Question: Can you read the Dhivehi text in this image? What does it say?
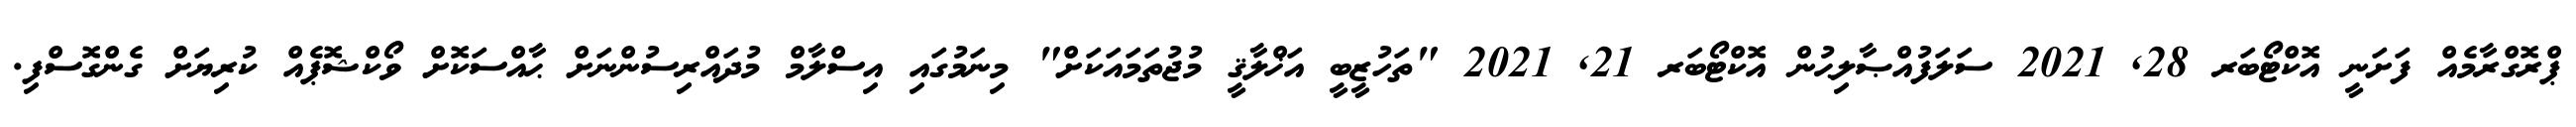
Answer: ޕްރޮގްރާމެއް ފަށަނީ އޮކްޓޯބަރ 28, 2021 ސަލަފުއްޞާލިޙުން އޮކްޓޯބަރ 21, 2021 "ތަހުޒީބީ އަޚްލާޤީ މުޖުތަމައަކަށް" މިނަމުގައި އިސްލާމް މުދައްރިސުންނަށް ޙާއްސަކޮށް ވޯކްޝޮޕެއް ކުރިޔަށް ގެންގޮސްފި.